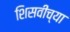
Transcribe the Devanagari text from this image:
शिसवीच्या